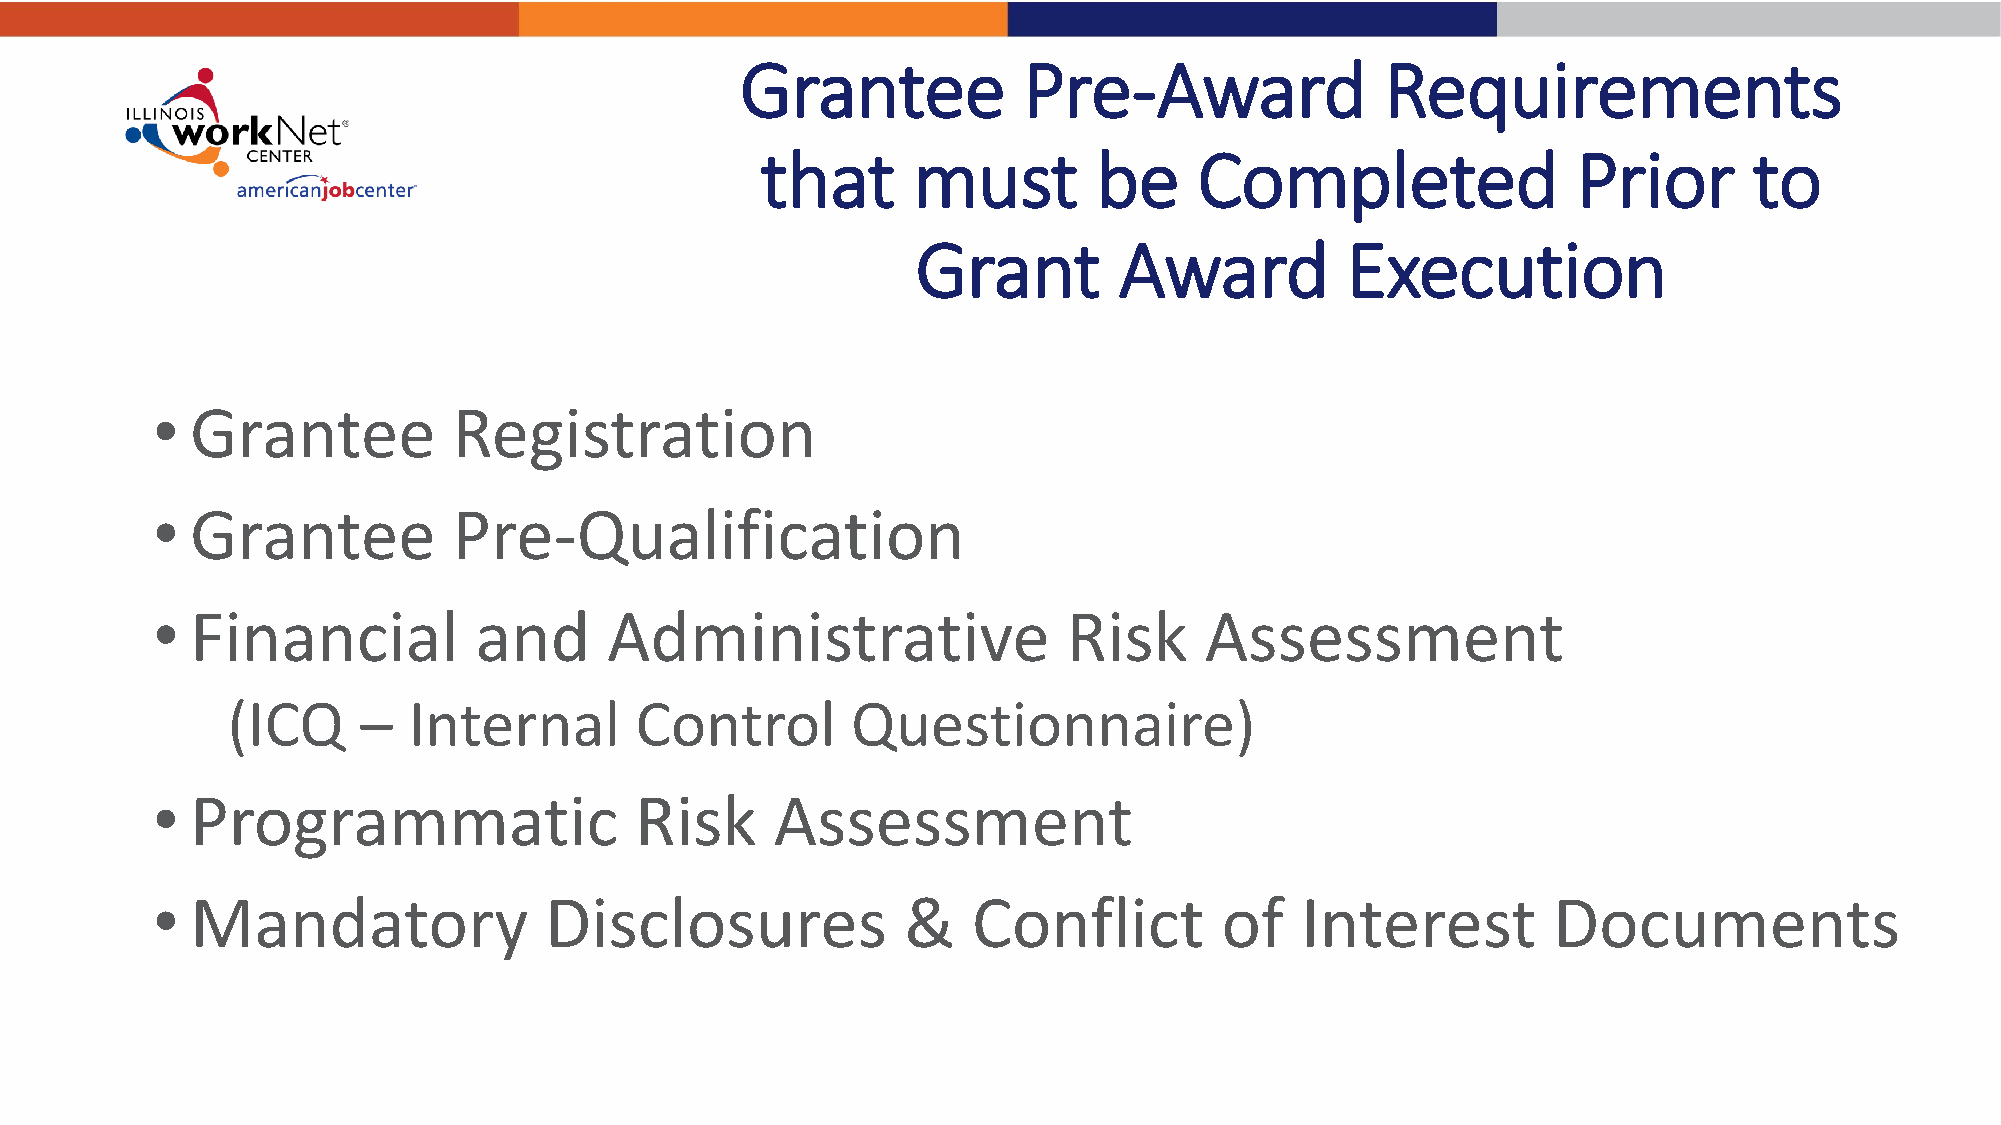
Grantee            Pre-Award               Requirements
 that      must         be    Completed                Prior       to
 Grant        Award          Execution
 •  Grantee          Registration
 •  Grantee          Pre-Qualification
 •  Financial         and      Administrative                 Risk     Assessment
 (ICQ     –  Internal       Control       Questionnaire)
 •  Programmatic                 Risk     Assessment
 •  Mandatory              Disclosures             &   Conflict         of   Interest         Documents